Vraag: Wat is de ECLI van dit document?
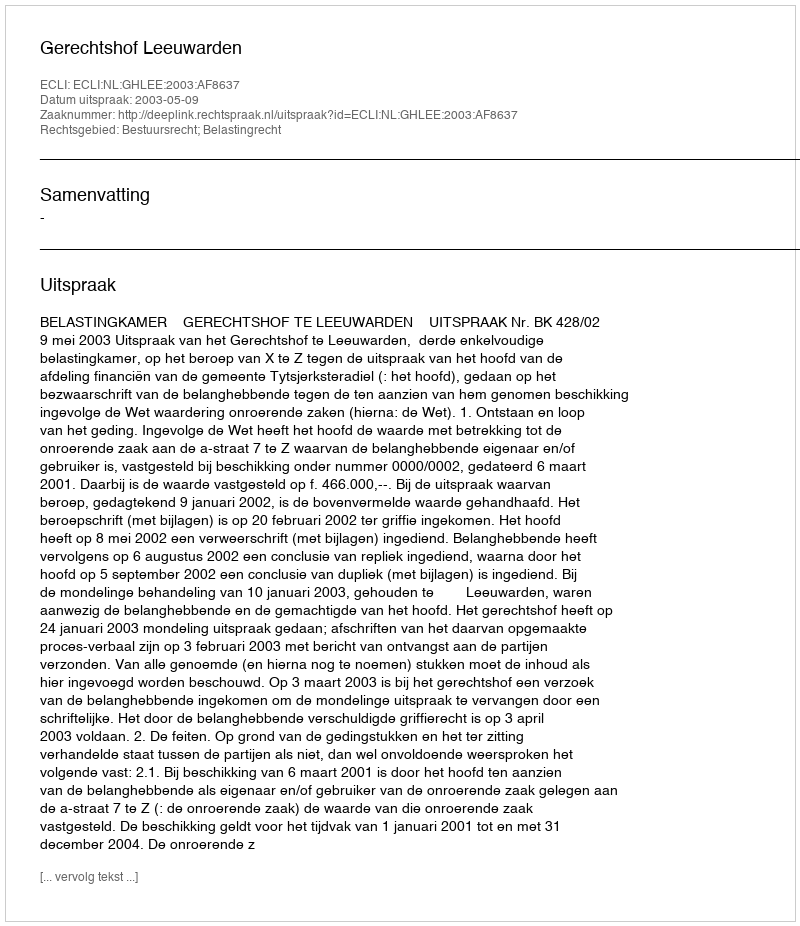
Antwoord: ECLI:NL:GHLEE:2003:AF8637